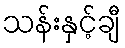
သန်းနှင့်ချီ